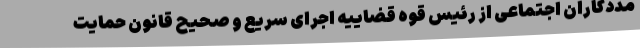
مددکاران اجتماعی از رئیس قوه قضاییه اجرای سریع و صحیح قانون حمایت